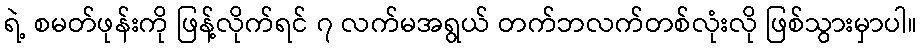
ရဲ့ စမတ်ဖုန်းကို ဖြန့်လိုက်ရင် ၇ လက်မအရွယ် တက်ဘလက်တစ်လုံးလို ဖြစ်သွားမှာပါ။